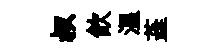
叔飲温蕋